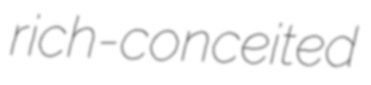
rich-conceited